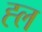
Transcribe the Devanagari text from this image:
ह्ल